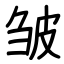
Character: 皱